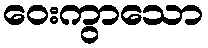
ဝေးကွာသော